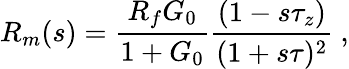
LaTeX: R_{m}(s)=\frac{R_{f}G_{0}}{1+G_{0}}\frac{(1-s\tau_{z})}{(1+s\tau)^{2}}~,